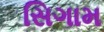
સિગામ